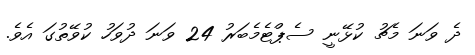
ދެ ވަނަ މެޗު ކުޅޭނީ ސެޕްޓެމެބަރު 24 ވަނަ ދުވަހު ކުވޭތުގަ އެވެ.